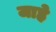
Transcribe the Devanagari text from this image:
जाहे